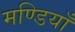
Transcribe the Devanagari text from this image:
मण्डियाँ